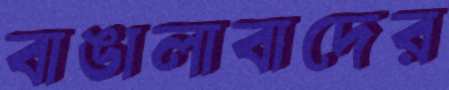
বাঙালাবাদের